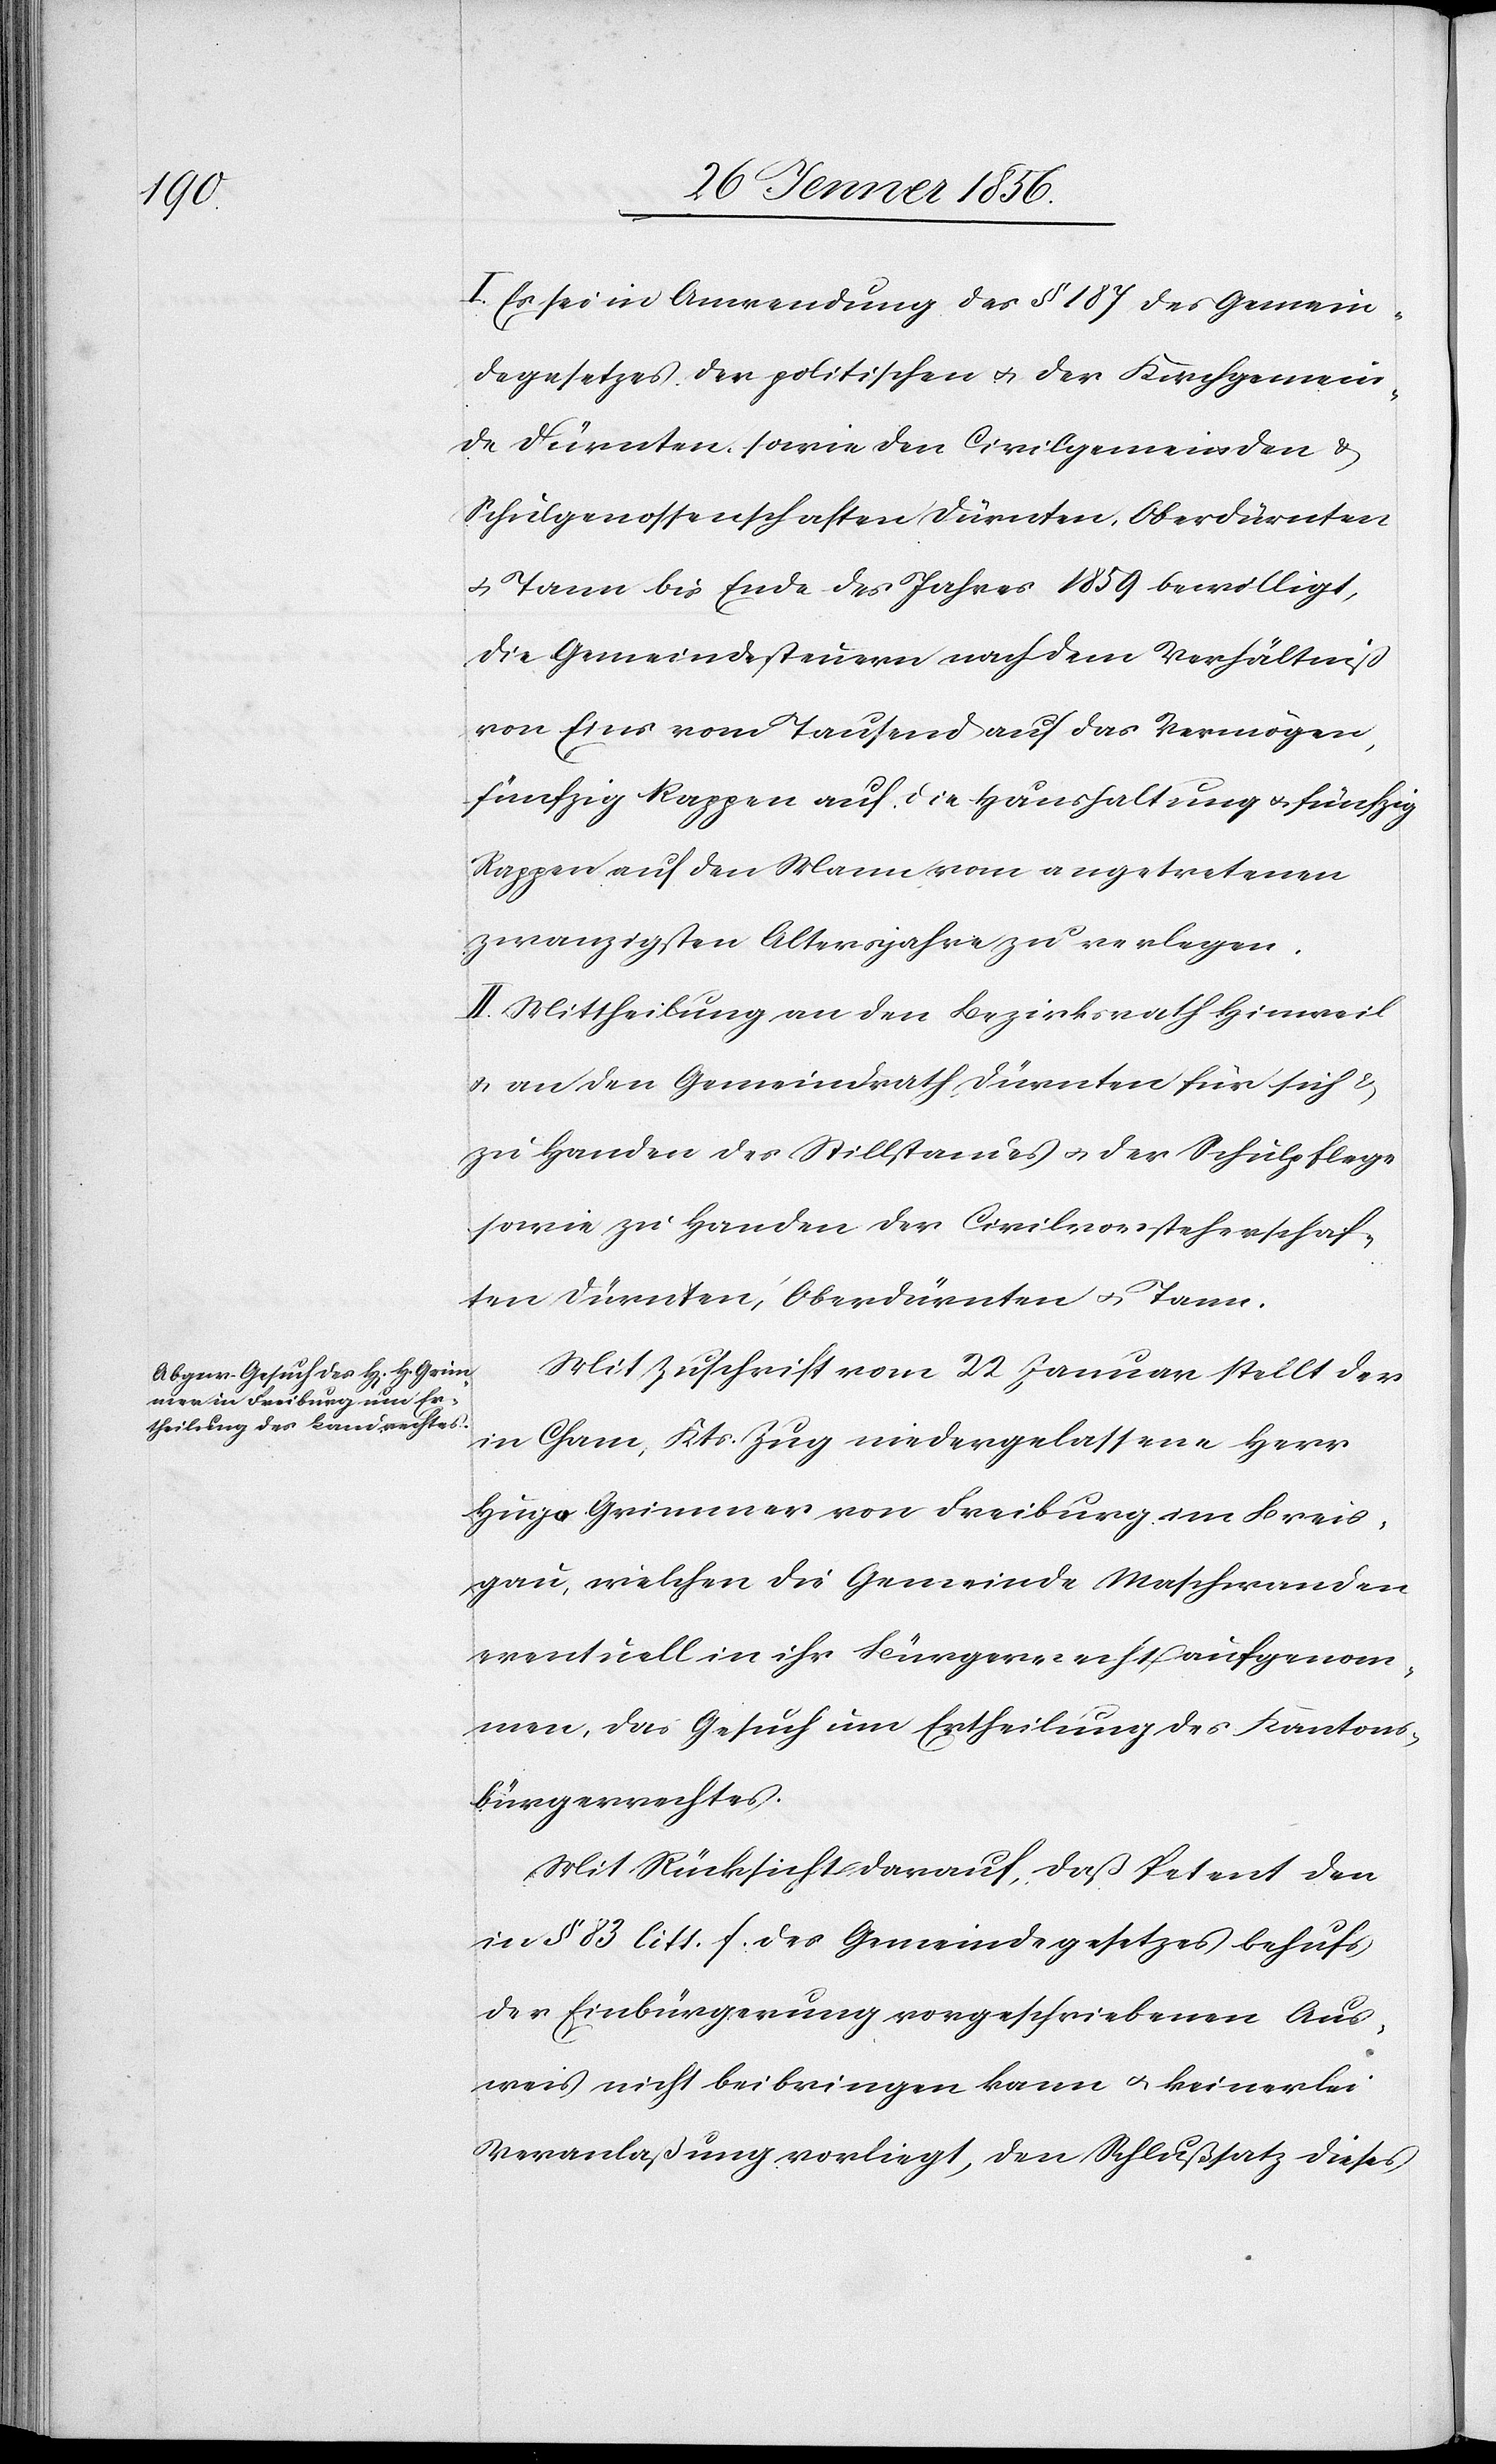
I. Es sei in Anwendung des § 187 des Gemein¬
degesetzes der politischen u. der Kirchgemein¬
de Dürnten, sowie den Civilgemeinden &
Schulgenossenschaften Dürnten, Oberdürnten
u. Tann bis Ende des Jahres 1859 bewilligt,
die Gemeindesteuern nach dem Verhältniß
von Eins vom Tausend auf das Vermögen,
fünfzig Rappen auf die Haushaltung u. fünfzig
Rappen auf den Mann vom angetretenen
zwanzigsten Altersjahre zu verlegen.
II. Mittheilung an den Bezirksrath Hinweil
u. an den Gemeindrath Dürnten für sich &
zu Handen des Stillstandes u. der Schulpflege
sowie zu Handen der Civilvorsteherschaf¬
ten Dürnten, Oberdürnten u. Tann.
Mit Zuschrift vom 22 Januar stellt der
in Cham, Kts. Zug niedergelassene Herr
Hugo Grimmer von Freiburg im Breis¬
gau, welchen die Gemeinde Maschwanden
eventuell in ihr Bürgerrecht aufgenom¬
men, das Gesuch um Ertheilung des Kantons¬
bürgerrechtes.
Mit Rücksicht darauf, daß Petent den
in § 83 litt. f. des Gemeindegesetzes behufs
der Einbürgerung vorgeschriebenen Aus¬
weis nicht beibringen kann u. keinerlei
Veranlaßung vorliegt, den Schlußsatz dieses